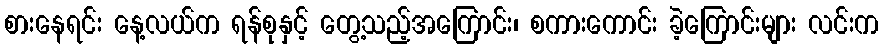
စားနေရင်း နေ့လယ်က ရန်စုနှင့် တွေ့သည့်အကြောင်း၊ စကားကောင်း ခဲ့ကြောင်းများ လင်းက